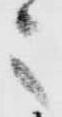
之